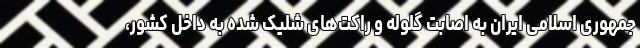
جمهوری اسلامی ایران به اصابت گلوله و راکت‌های شلیک شده به داخل کشور،